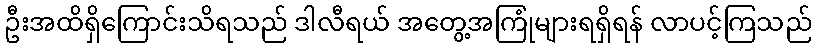
ဦးအထိရှိကြောင်းသိရသည် ဒါလီရယ် အတွေ့အကြုံများရရှိရန် လာပင့်ကြသည်